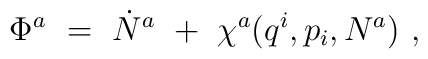
\Phi^{a}~=~\dot{N}^{a}~+~\chi^{a}(q^{i},p_{i},N^{a})~,